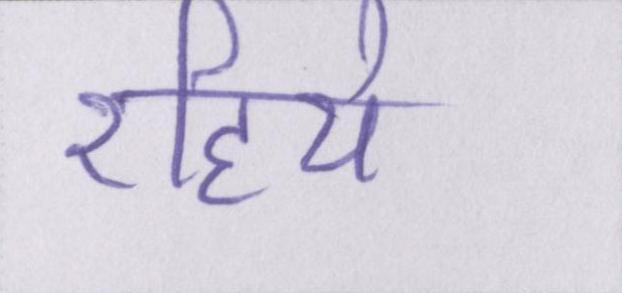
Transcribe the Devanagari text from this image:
रहिये